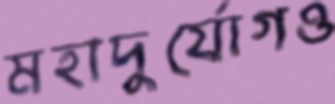
মহাদুর্যোগও